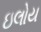
ઇલોય